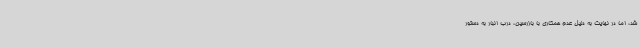
شد، اما در نهایت به دلیل عدم همکاری با بازرسین، درب انبار به دستور